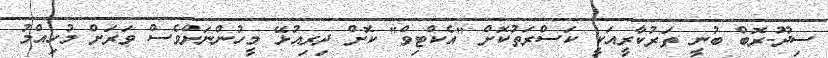
ސިދޫ-ރޮބް ބުނީ ތަރުކާރީއަކީ ކަސްރަތުކޮށް "އެކްޓިވް" ކޮށް ދިރިއުޅޭ މީހުންނަށްވެސް ވަރަށް މުހިއްމު